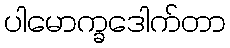
ပါမောက္ခဒေါက်တာ